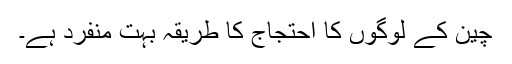
چین کے لوگوں کا احتجاج کا طریقہ بہت منفرد ہے۔